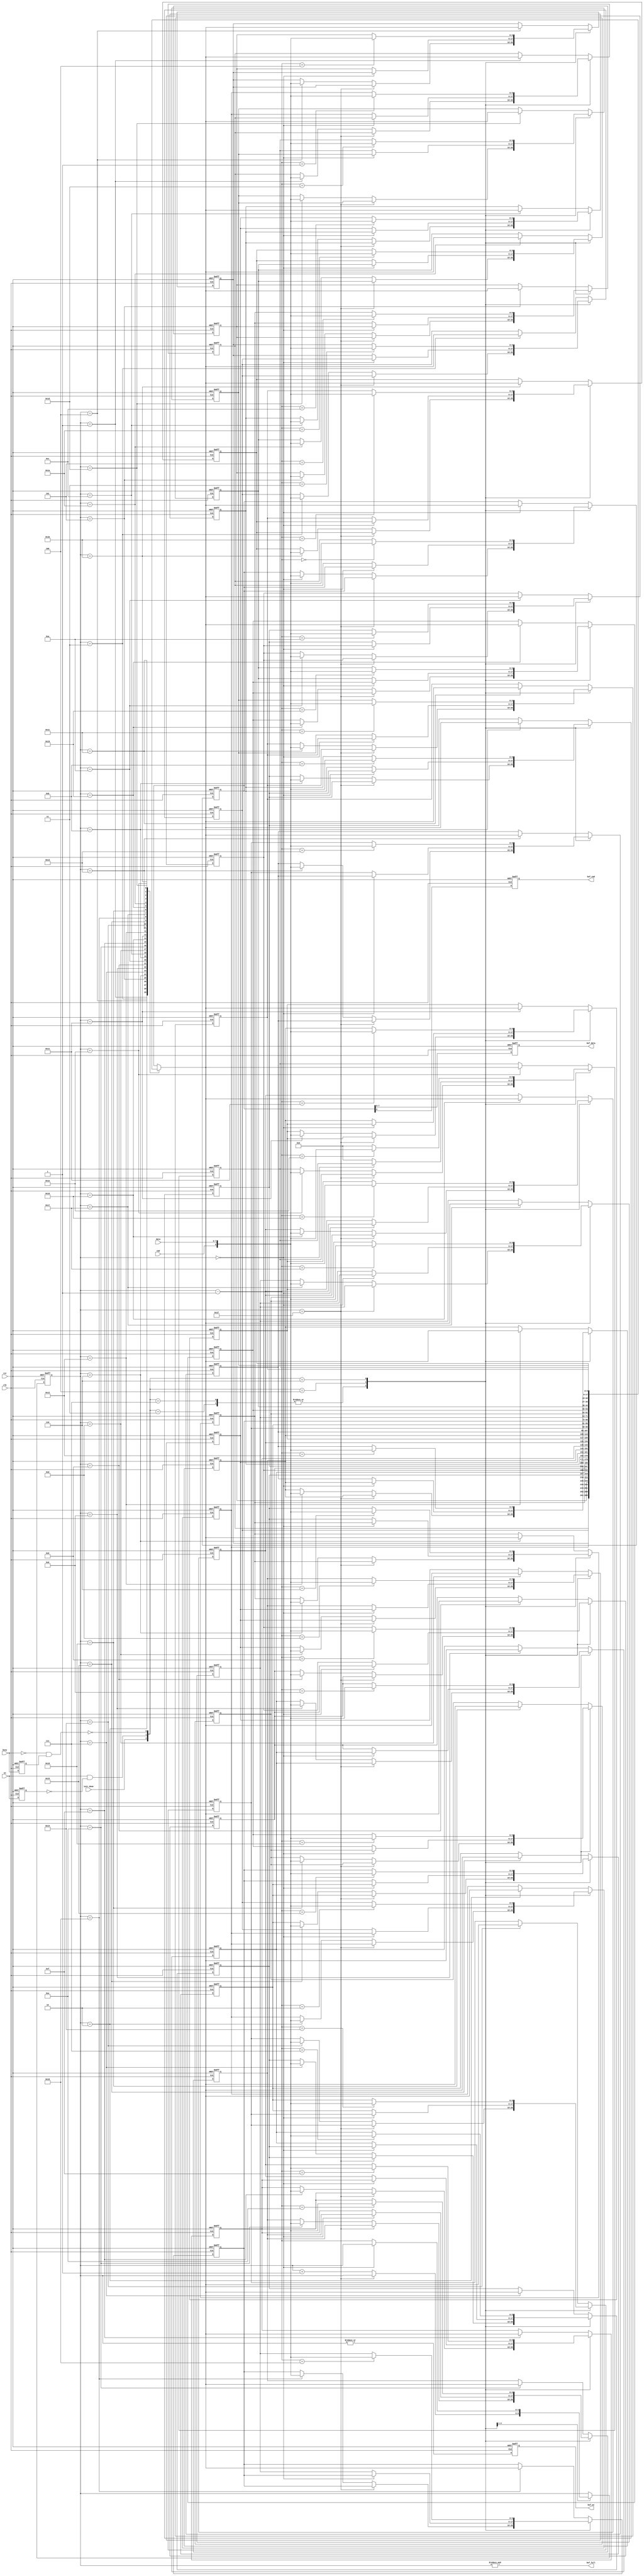
`timescale 1ns / 1ps
//////////////////////////////////////////////////////////////////////////////////
// Company: 
// Engineer: 
// 
// Design Name: 
// Module Name:    buffer 
// Project Name: 
// Target Devices: 
// Tool versions: 
// Description: 
//
// Dependencies: 
//
// Revision: 
// Revision 0.01 - File Created
// Additional Comments: 
//
//////////////////////////////////////////////////////////////////////////////////
module buffer(
    input clk,
    input rst,
    input [7:0] data,
    input cmd,
    input en,
    input init_done,
    input busy,
    output reg [7:0] buf_data,
    output reg buf_cmd,
    output reg buf_en,
	 output buf_full
    );

// Handles the buffered inputs from the user/driver and outputs
// a buffered command depending on the timing FSM state.
// Buffer is a FIFO queue.

	reg [8:0] buffer [30:0];		// 31 registers containing 9 bits, format: {cmd, data}
	reg [4:0] buf_count;				// counter for buffer
	reg del_en;							// delayed en
	reg del_busy;						// delayed busy
	
	integer i = 0;						// used in for loop
	
	wire pulse_en;						// single pulse en
	wire pulse_busy;					// single pulse busy
	
	assign pulse_en = en & ~del_en;
	assign pulse_busy = ~(~busy & del_busy);
	
	assign buf_full = &buf_count;	// determine if buf is full; used for rot interface
	
// Buffer input & output
// output only when pulse_busy = 0 and when init_done = 1
// input only when pulse_en = 1
	always@(posedge clk or posedge rst) begin
		if(rst) begin
			buf_data <= 0;
			buf_cmd <= 0;
			buf_en <= 0;
			
			for(i = 0; i < 31; i=i+1)
				buffer[i] <= 0;
			
			buf_count <= 0;
			del_en <= 0;
			del_busy <= 0;
		end
		
		else begin
			del_en <= en;
			del_busy <= busy;
			
			// Set buffer[0] as the output
			buf_data <= buffer[0][7:0];
			buf_cmd <= buffer[0][8];
			
			// assert buf_en when buf_count > 0
			buf_en <= |buf_count;
			
			// Behavior when inputting or outputting
			case({init_done, pulse_en, pulse_busy})
				// input only
				3'b111, 3'b011:
					begin
						// if buffer is full, 'do nothing' (retain previous values)
						if(buf_count == 5'd31) begin
							buffer[30] <= buffer[30];		// retain value of last entry
							buf_count <= buf_count;
						end
						else begin
							buffer[buf_count] <= {cmd, data};
							buf_count <= buf_count + 1;
						end
					end
				
				// output only
				3'b100:
					begin
						// if buffer is empty, 'do nothing' (retain previous values)
						if(buf_count == 5'd0) begin
							buffer[0] <= buffer[0];
							buf_count <= buf_count;
						end
						else begin
							// shift the data s.t. at next cycle, output is updated
							buf_count <= buf_count - 1;
							
							for(i = 0; i < 30; i=i+1)
								buffer[i] <= buffer[i+1];
							buffer[30] <= 0;
						end
					end
				
				// input & output at the same time
				3'b110:
					begin
						buf_count <= buf_count;
						for(i = 0; i < 30; i=i+1)
							buffer[i] <= buffer[i+1];
						buffer[30] <= 0;
						
						buffer[buf_count - 1] <= {cmd, data};
					end
				
				// do nothing
				default:
					begin
						buf_count <= buf_count;
						buffer[buf_count] <= buffer[buf_count];
					end
			endcase
		end
	end
endmodule